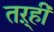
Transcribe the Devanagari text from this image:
तऱ्हीं